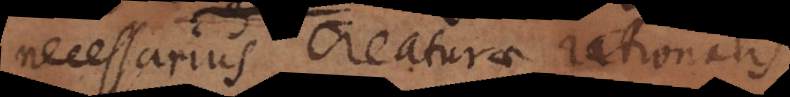
necessarius creaturae rationalis.